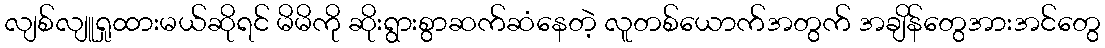
လျစ်လျူရှုထားမယ်ဆိုရင် မိမိကို ဆိုးရွားစွာဆက်ဆံနေတဲ့ လူတစ်ယောက်အတွက် အချိန်တွေအားအင်တွေ